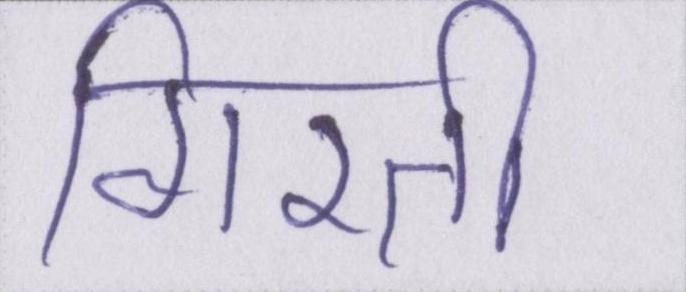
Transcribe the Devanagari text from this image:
गिरती